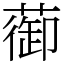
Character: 蓹